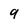
Character: 9